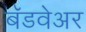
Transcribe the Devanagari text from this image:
बॅडवेअर